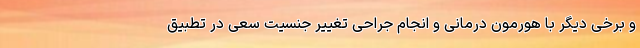
و برخی دیگر با هورمون درمانی و انجام جراحی تغییر جنسیت سعی در تطبیق